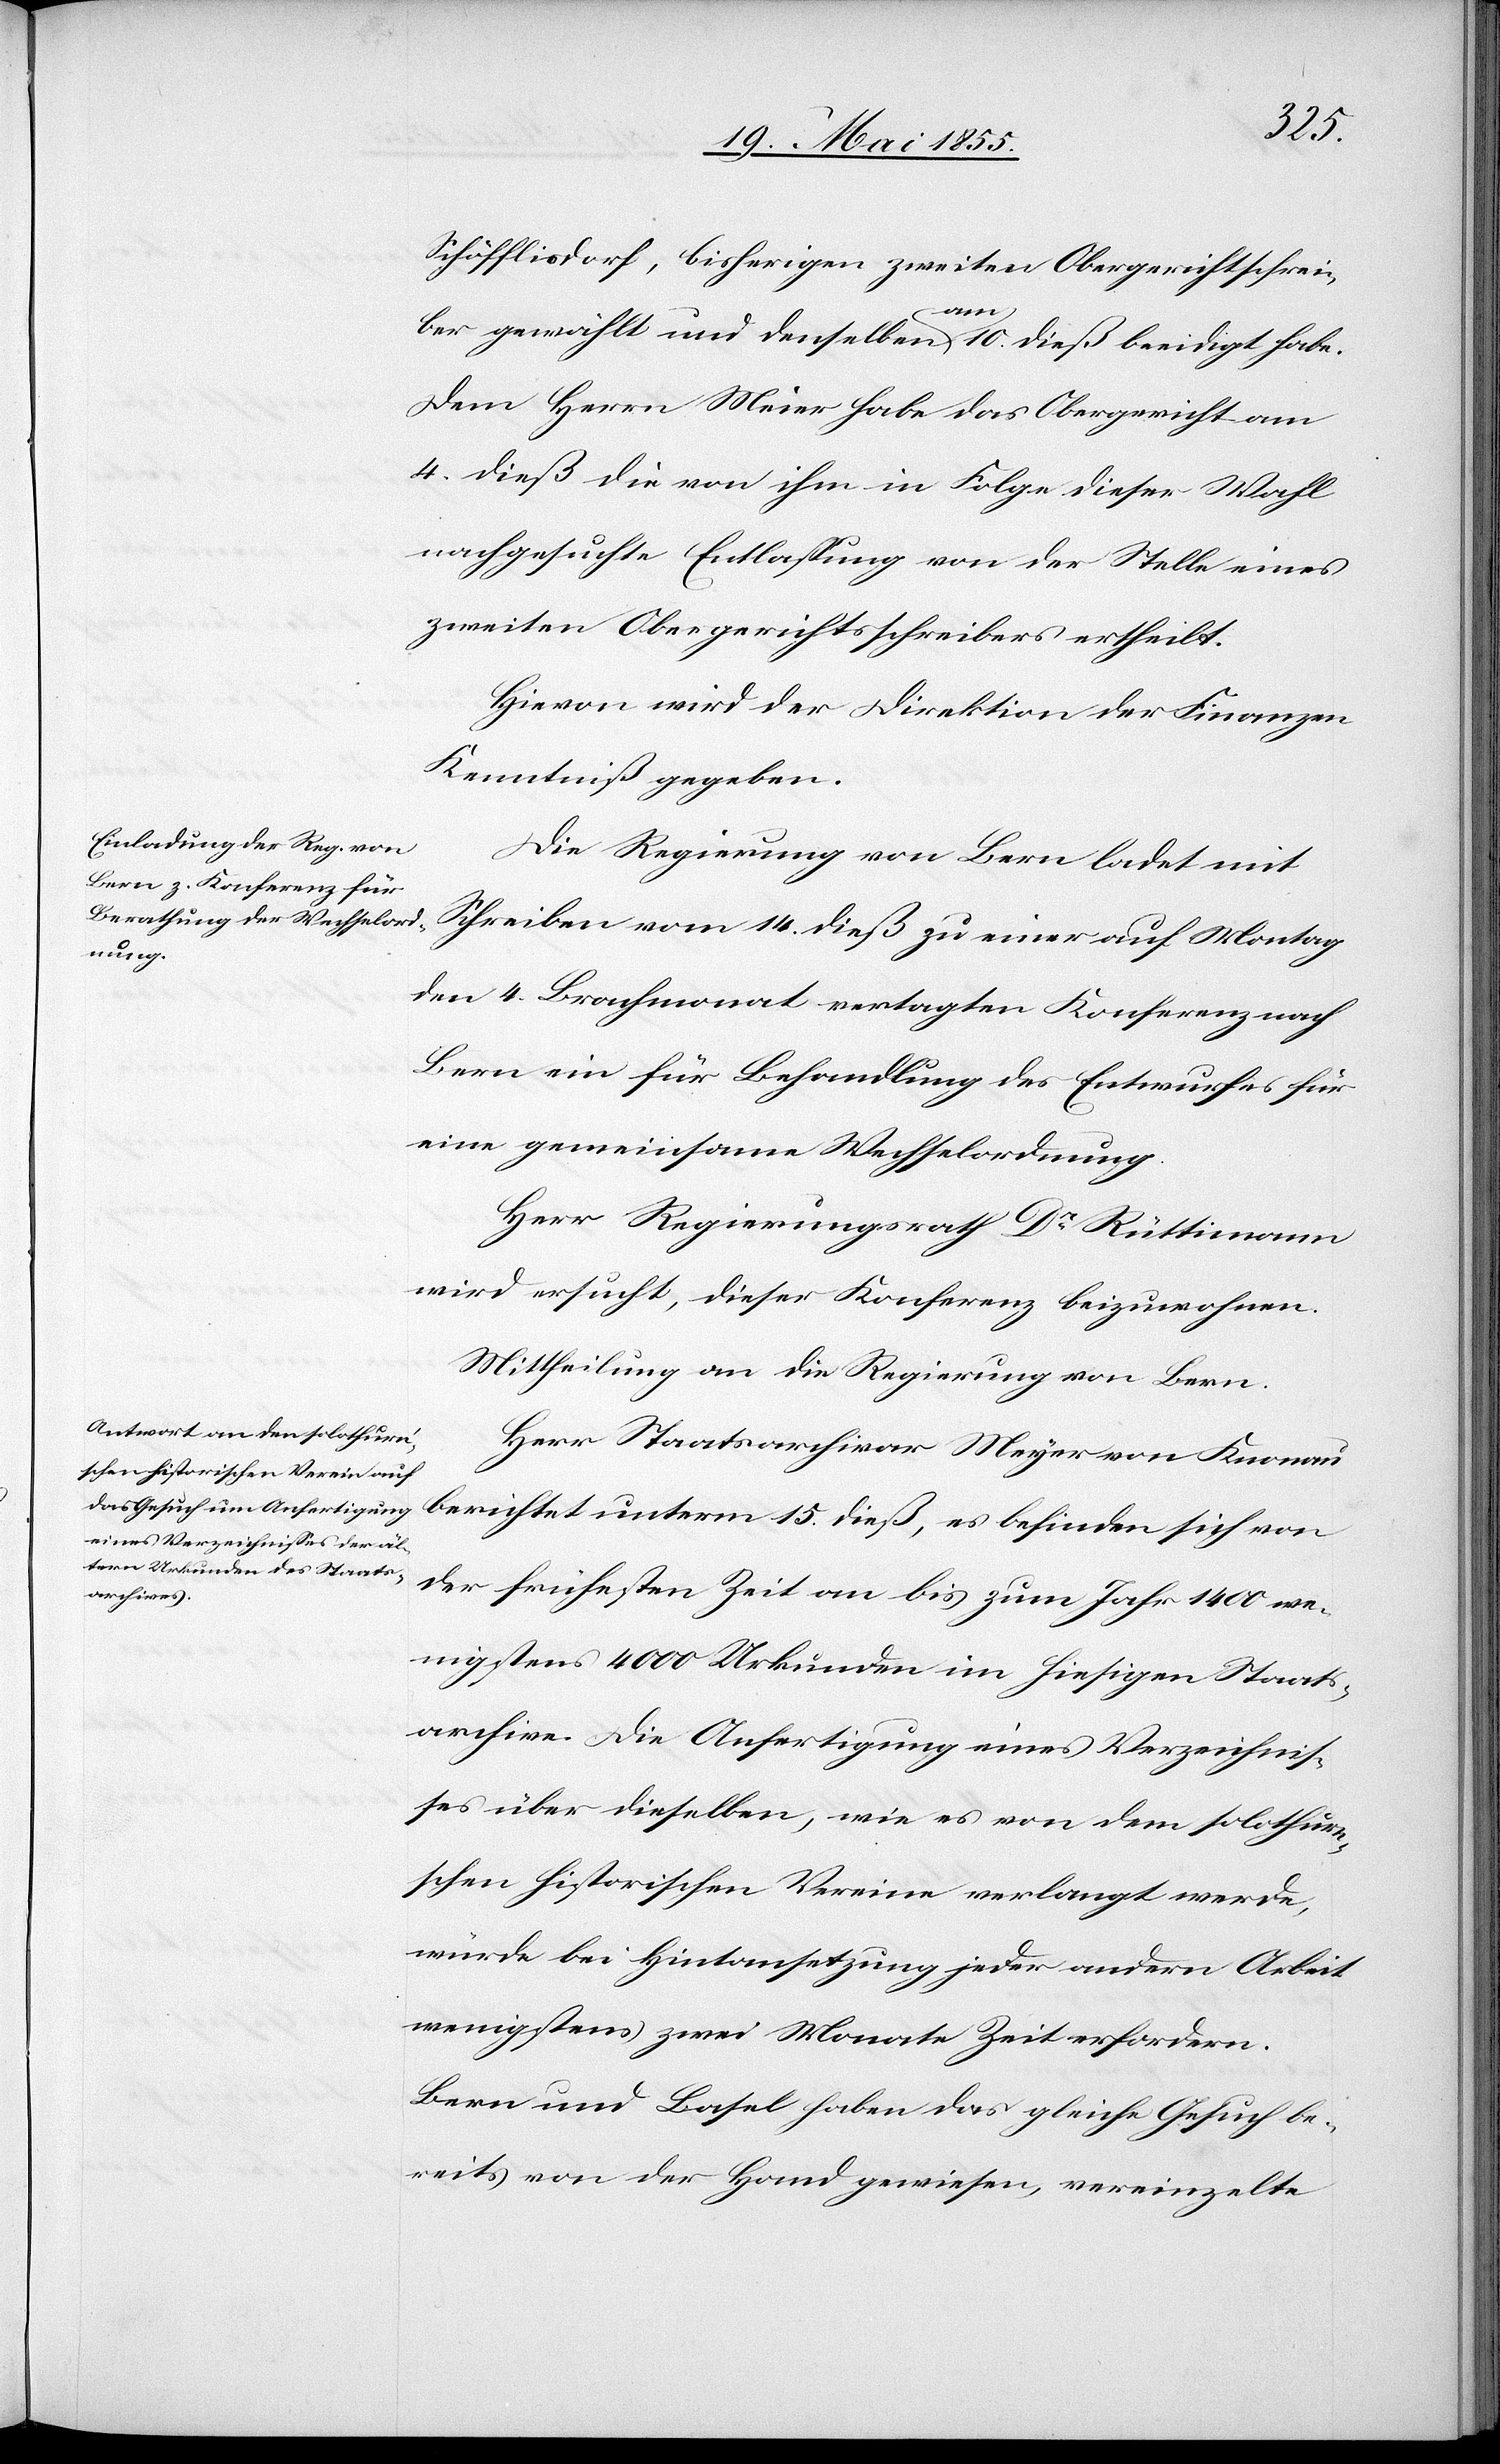
Schöfflisdorf, bisherigen zweiten Obergerichtschrei¬
ber gewählt und denselben am 10. dieß beeidigt habe.
Dem Herrn Meier habe das Obergericht am
4. dieß die von ihm in Folge dieser Wahl
nachgesuchte Entlassung von der Stelle eines
zweiten Obergerichtsschreibers ertheilt.
Hievon wird der Direktion der Finanzen
Kenntniß gegeben.
Die Regierung von Bern ladet mit
Schreiben vom 14. dieß zu einer auf Montag
den 4. Brachmonat vertagten Konferenz nach
Bern ein für Behandlung des Entwurfes für
eine gemeinsame Wechselordnung.
Herr Regierungsrath Dr Rüttimann
wird ersucht, dieser Konferenz beizuwohnen.
Mittheilung an die Regierung von Bern.
Herr Staatsarchivar Meyer von Knonau
berichtet unterm 15. dieß, es befinden sich von
der frühesten Zeit an bis zum Jahr 1400 we¬
nigstens 4000 Urkunden im hiesigen Staats¬
archive. Die Anfertigung eines Verzeichnis¬
ses über dieselben, wie es von dem solothurn¬
schen historischen Vereine verlangt werde,
würde bei Hintansetzung jeder andern Arbeit
wenigstens zwei Monate Zeit erfordern.
Bern und Basel haben das gleiche Gesuch be¬
reits von der Hand gewiesen, vereinzelte